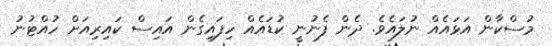
މުސްކާން އަޅައެއް ނުލައެވެ. ދެން ފެނުނީ ކުޑައެއް ހިފައިގެން އައިސް ކައިރިއަށް ހުއްޓުނު